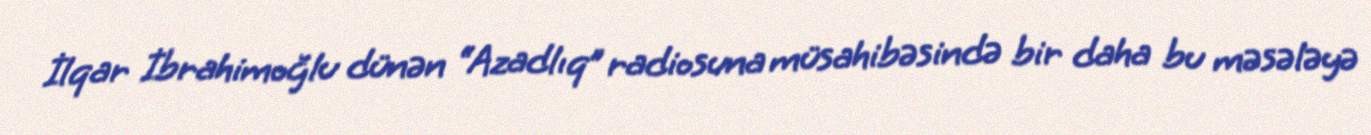
İlqar İbrahimoğlu dünən “Azadlıq” radiosuna müsahibəsində bir daha bu məsələyə